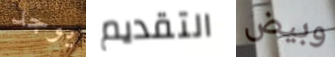
يوجد التقديم وبيض